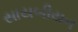
સાયબીયન